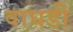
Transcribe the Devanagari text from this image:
वाघडी